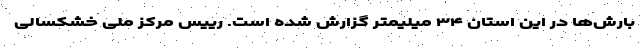
بارش‌ها در این استان ۳۴ میلیمتر گزارش شده است. رییس مرکز ملی خشکسالی